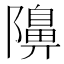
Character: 𮥭